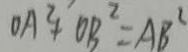
O A ^ { 2 } + O B ^ { 2 } = A B ^ { 2 }